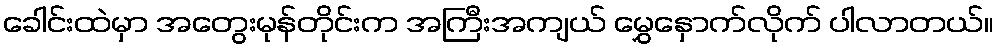
ခေါင်းထဲမှာ အတွေးမုန်တိုင်းက အကြီးအကျယ် မွှေနှောက်လိုက် ပါလာတယ်။